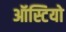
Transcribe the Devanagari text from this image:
ऑस्टियो